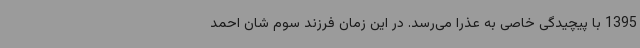
1395 با پیچیدگی خاصی به عذرا می‌رسد. در این زمان فرزند سوم شان احمد